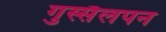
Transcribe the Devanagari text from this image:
गुस्सैलपन